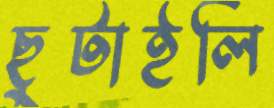
ছুটাইলি